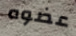
عضوه